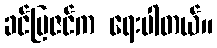
ခင်မြဇင်က ရေးပါတယ်။